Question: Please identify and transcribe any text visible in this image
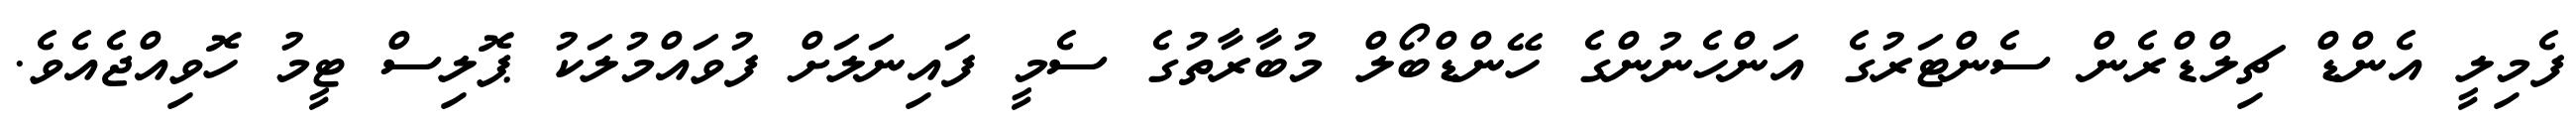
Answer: ފެމިލީ އެންޑް ޗިލްޑްރެން ސެންޓަރުގެ އަންހެނުންގެ ހޭންޑްބޯލް މުބާރާތުގެ ސެމީ ފައިނަލަށް ފުވައްމުލަކު ޕޮލިސް ޓީމު ހޮވިއްޖެއެވެ.